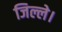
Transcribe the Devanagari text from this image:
जिल्ले।